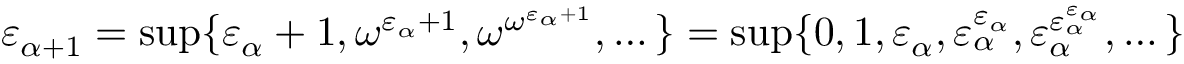
\varepsilon _ { \alpha + 1 } = \operatorname* { s u p } \{ \varepsilon _ { \alpha } + 1 , \omega ^ { \varepsilon _ { \alpha } + 1 } , \omega ^ { \omega ^ { \varepsilon _ { \alpha } + 1 } } , \dots \} = \operatorname* { s u p } \{ 0 , 1 , \varepsilon _ { \alpha } , \varepsilon _ { \alpha } ^ { \varepsilon _ { \alpha } } , \varepsilon _ { \alpha } ^ { \varepsilon _ { \alpha } ^ { \varepsilon _ { \alpha } } } , \dots \}